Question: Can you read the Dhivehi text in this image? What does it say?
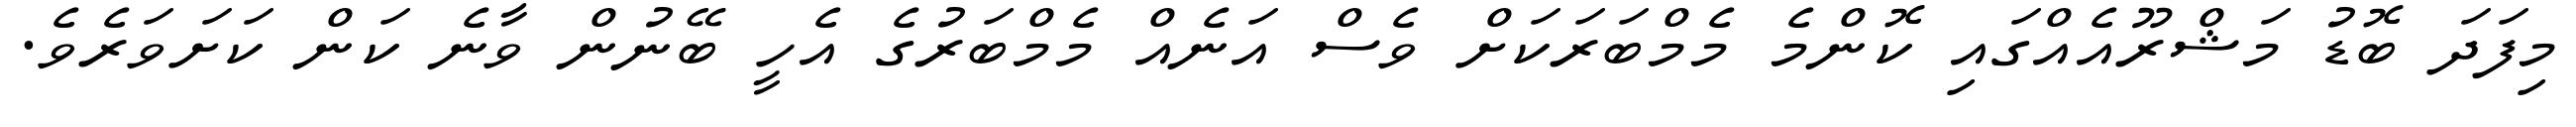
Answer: މިފަދަ ބޮޑު މަޝްރޫއެއްގައި ކޮންމެ މެމްބަރަކަށް ވެސް އަނެއް މެމްބަރުގެ އެހީ ބޭނުން ވާނެ ކަން ކަށަވަރެވެ.